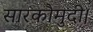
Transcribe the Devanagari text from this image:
सारकौमुदी।